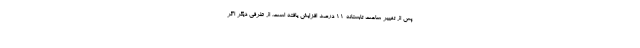
پس از تغییر ساعت تابستانه 11 درصد افزایش یافته است. از طرفی دیگر اگر